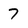
Character: 7